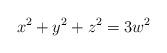
LaTeX: \begin{align*}x^2 + y^2 + z^2 = 3w^2\end{align*}